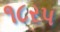
૧૮રપ